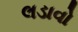
લડાવો